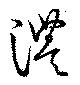
澧